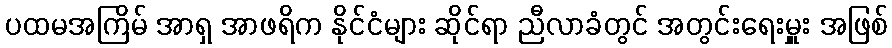
ပထမအကြိမ် အာရှ အာဖရိက နိုင်ငံများ ဆိုင်ရာ ညီလာခံတွင် အတွင်းရေးမှူး အဖြစ်